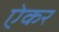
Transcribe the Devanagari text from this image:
ऐकर